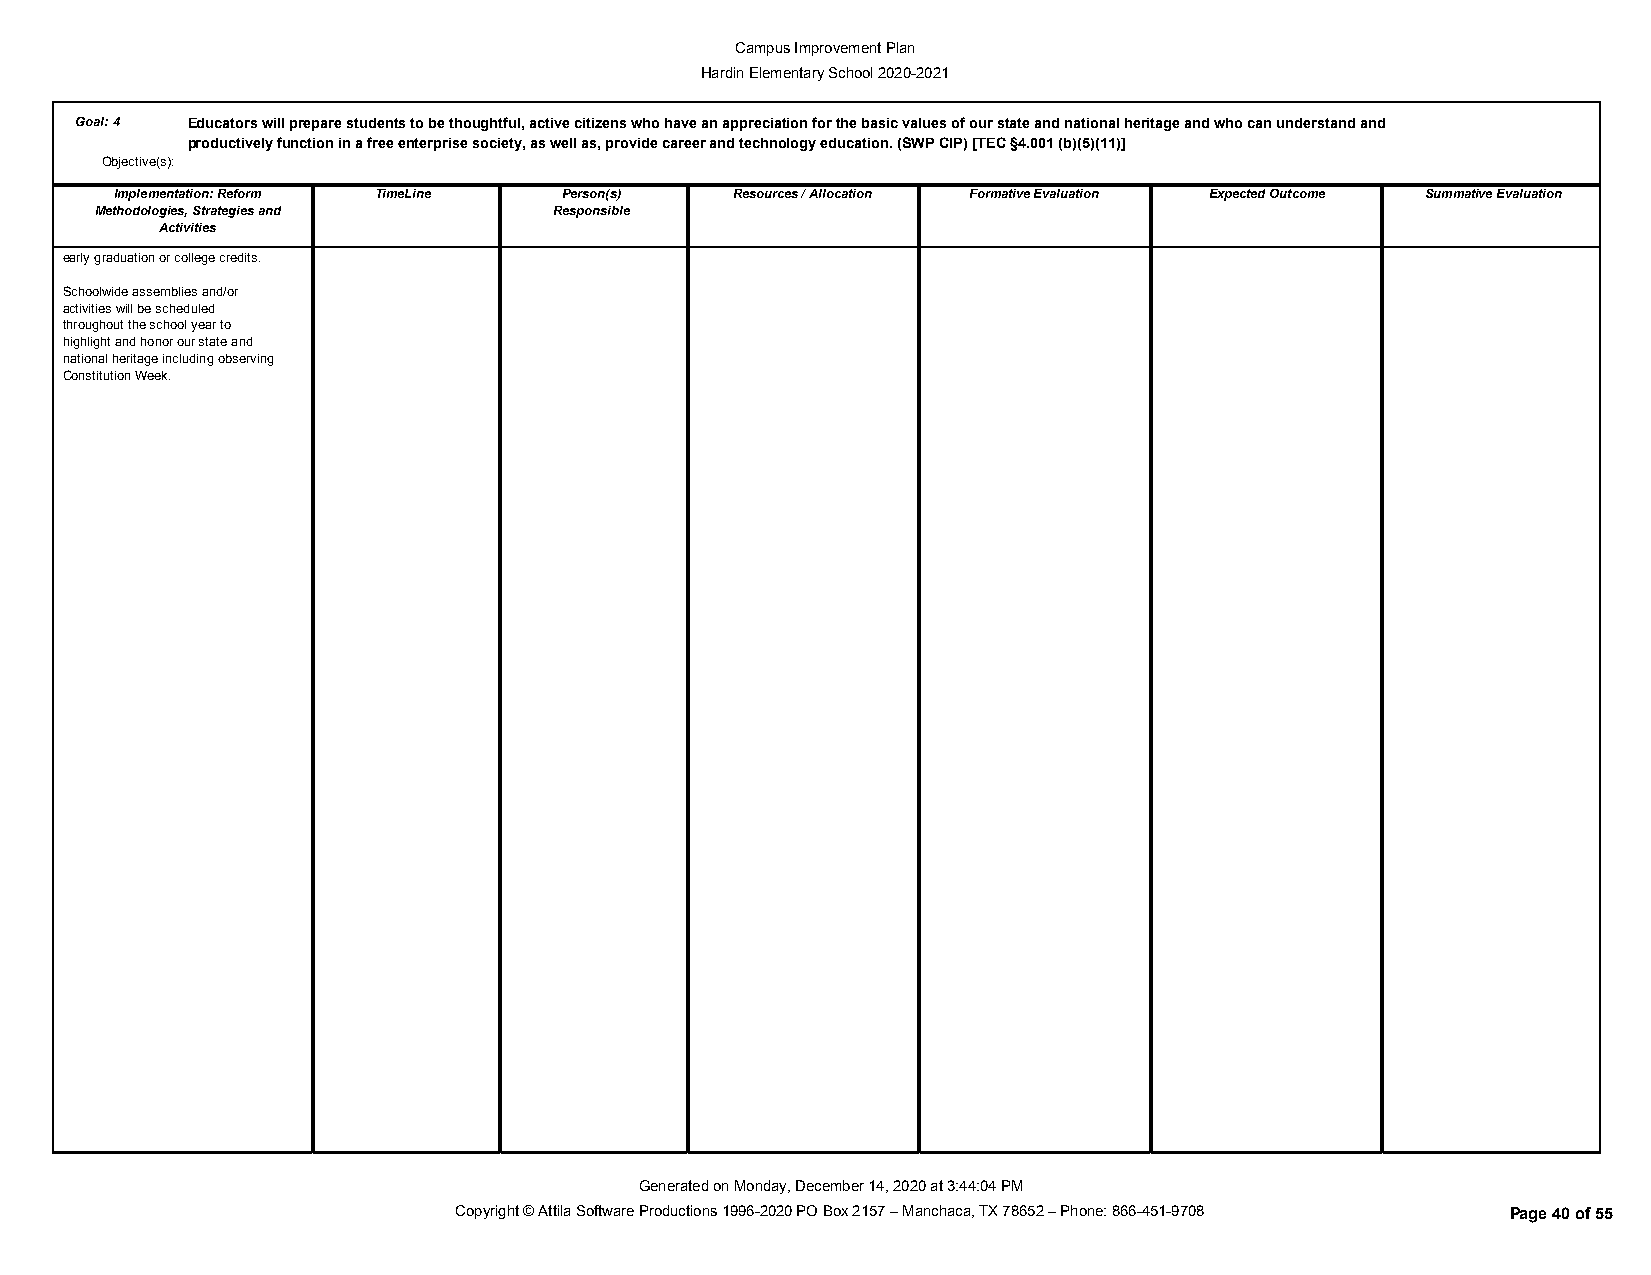
Campus Improvement Plan
 Hardin Elementary School 2020-2021
 Goal:4 Educators will prepare students to be thoughtful, active citizens who have an appreciation for the basic values of our state and national heritage and who can understand and
 productively function in a free enterprise society, as well as, provide career and technology education. (SWP CIP) [TEC §4.001 (b)(5)(11)]
 Objective(s):
 Implementation: Reform TimeLine Person(s) Resources / Allocation Formative Evaluation Expected Outcome Summative Evaluation
 Methodologies, Strategies and  Responsible
 Activities
 early graduation or college credits.
 Schoolwide assemblies and/or
 activities will be scheduled
 throughout the school year to
 highlight and honor our state and
 national heritage including observing
 Constitution Week.
 Generated on Monday, December 14, 2020 at 3:44:04 PM
 Copyright © Attila Software Productions 1996-2020 PO Box 2157 – Manchaca, TX 78652 – Phone: 866-451-9708 Page 40 of 55